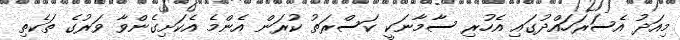
މިއަދު އެސަރަހައްދުގައި އެހުރި ސާމާނަކީ ކަސްރަތު ކުރަން އެންމެ އެކަށިގެންވާ ވަރުގެ ތަކެތި